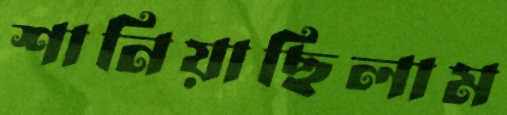
শানিয়াছিলাম